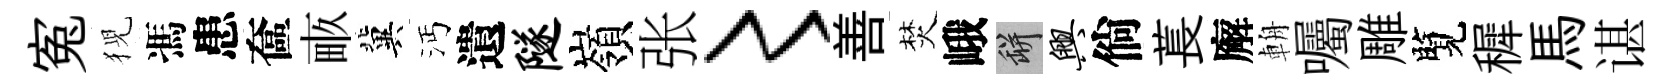
寃猊馮患奩畞冀沔遺隧嶺张〻善焚峨瓶兴倘萇廨輈囑雕覽穉馬谌